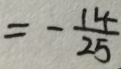
= \frac { - 1 4 } { 2 5 }